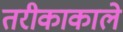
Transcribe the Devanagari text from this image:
तरीकाकाले